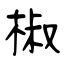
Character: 椒